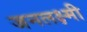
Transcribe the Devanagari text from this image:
जनलक्ष्मी